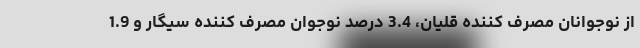
از نوجوانان مصرف کننده قلیان، 3.4 درصد نوجوان مصرف کننده سیگار و 1.9